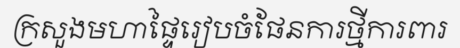
ក្រសួងមហាផ្ទៃរៀបចំផែនការថ្មីការពារ